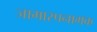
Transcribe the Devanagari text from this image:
जामास्पनामक